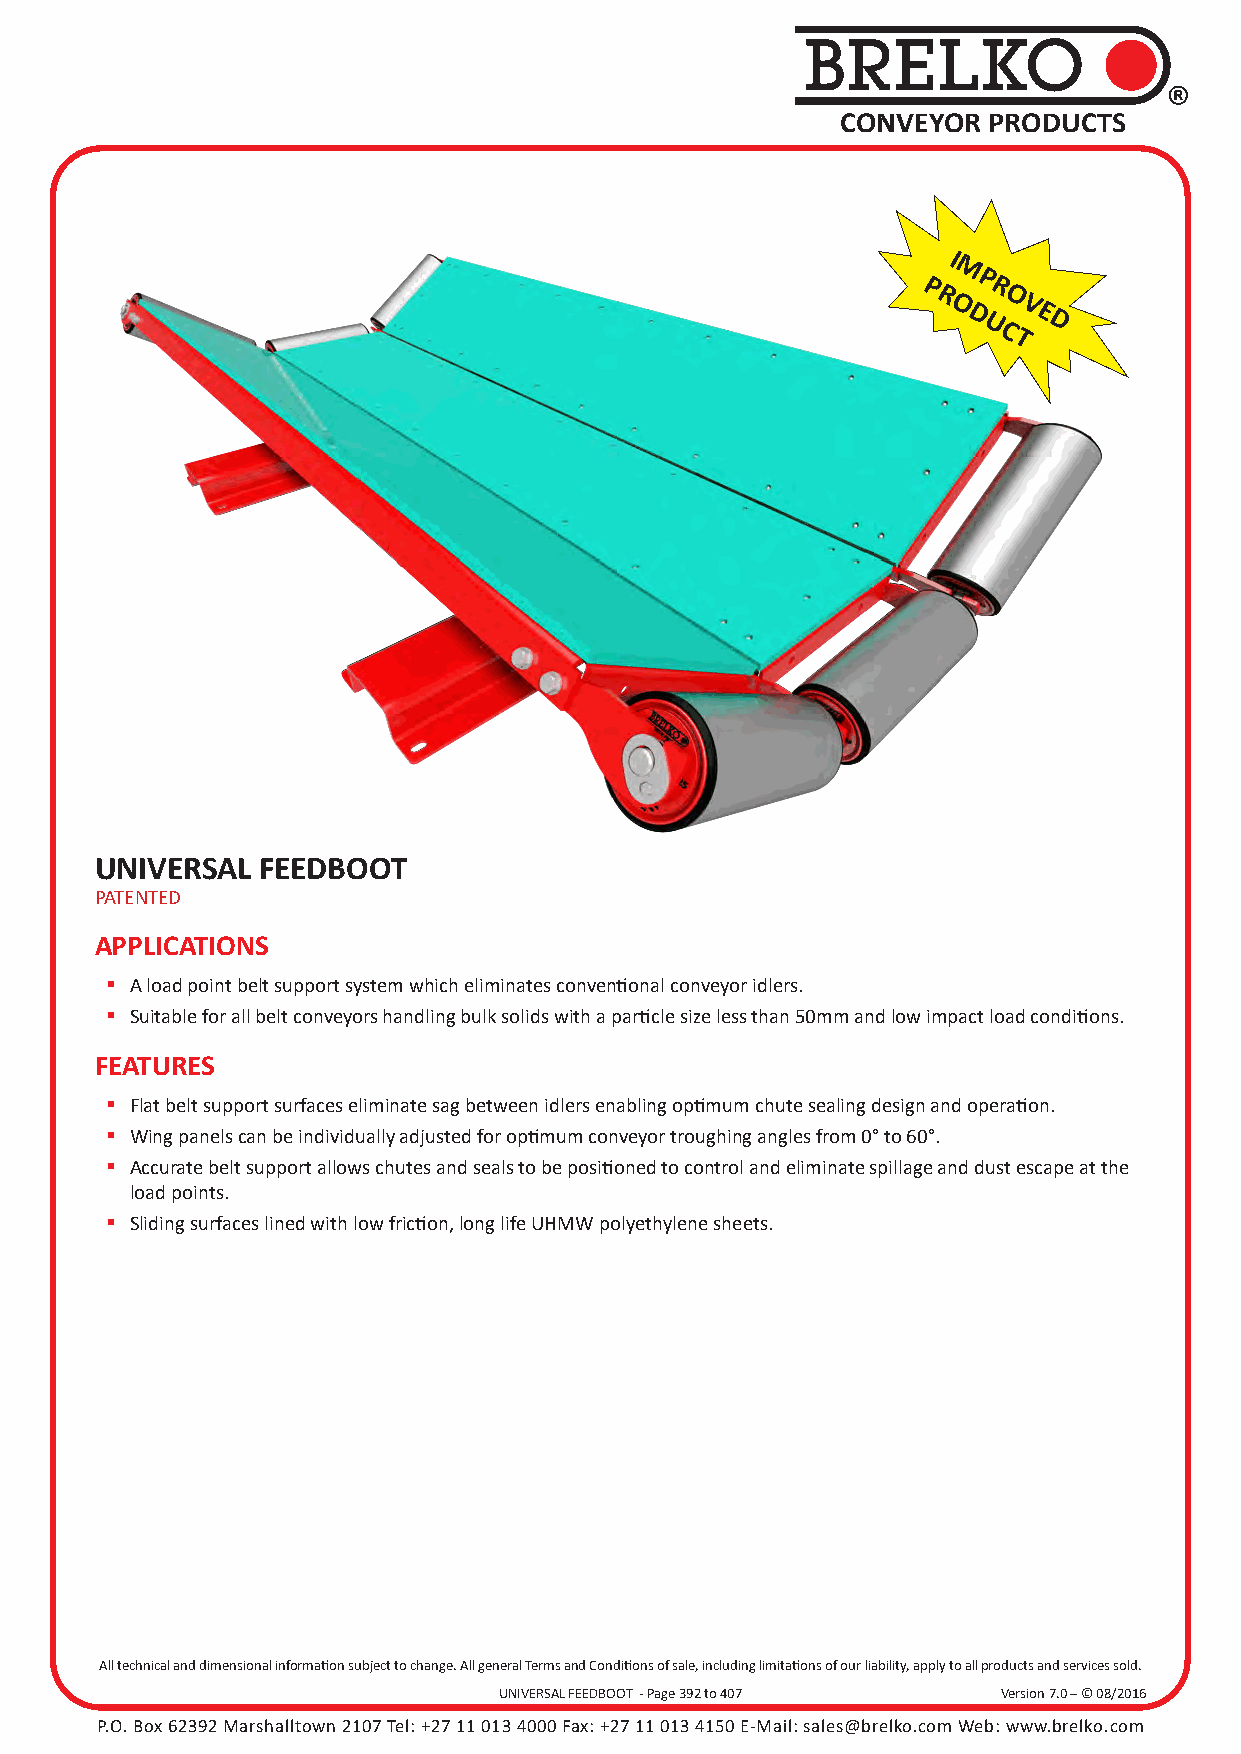
BRELKO
 ®
 CONVEYOR PRODUCTS
 I
 M
 P
 P   R
 R   O
 O   V
 D   E
 U   D
 C
 T
 UNIVERSAL  FEEDBOOT
 PATENTED
 APPLICATIONS
  A load point belt support system which eliminates conventi onal conveyor idlers.
  Suitable for all belt conveyors handling bulk solids with a parti cle size less than 50mm and low impact load conditi ons.
 FEATURES
  Flat belt support surfaces eliminate sag between idlers enabling opti mum chute sealing design and operati on.
  Wing panels can be individually adjusted for opti mum conveyor troughing angles from 0° to 60°.
  Accurate belt support allows chutes and seals to be positi oned to control and eliminate spillage and dust escape at the
 load points.
  Sliding surfaces lined with low fricti on, long life UHMW polyethylene sheets.
 All technical and dimensional information subject to change. All general Terms and Conditions of sale, including limitations of our liability, apply to all products and services sold.
 UNIVERSAL FEEDBOOT - Page 392 to 407 Version 7.0 – © 08/2016
 P.O. Box 62392 Marshalltown 2107 Tel: +27 11 013 4000 Fax: +27 11 013 4150 E-Mail: sales@brelko.com Web: www.brelko.com